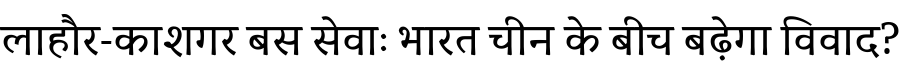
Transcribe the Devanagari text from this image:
लाहौर-काशगर बस सेवाः भारत चीन के बीच बढ़ेगा विवाद?